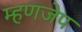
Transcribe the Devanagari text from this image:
म्हणजेप